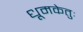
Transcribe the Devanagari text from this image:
धूमकेतुः